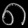
Digit: ၈